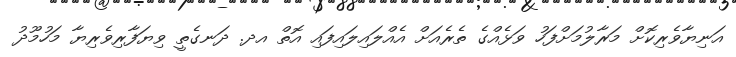
އަނިޔާވެރިކޮށް މަރާލުމަށްފަހު ވަޅެއްގެ ތެރެއަށް އެއްލައިލައިފައި އޮތް އދ. ދަނގެތީ ވިޔަފާރިވެރިޔާ މަހުމޫދު